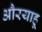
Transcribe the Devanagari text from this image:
औरयाहू